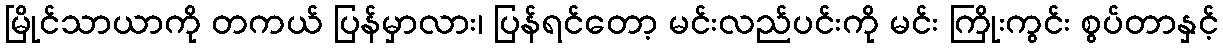
မြိုင်သာယာကို တကယ် ပြန်မှာလား၊ ပြန်ရင်တော့ မင်းလည်ပင်းကို မင်း ကြိုးကွင်း စွပ်တာနှင့်